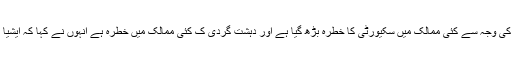
بدھ کے روز اسلام آباد میں ایک سیمینار سے خطاب کرتے ہوئے سرتاج عزیز نے کہا کہ داعش کی وجہ سے کئی ممالک میں سکیورٹی کا خطرہ بڑھ گیا ہے اور دہشت گردی ک کئی ممالک میں خطرہ ہے انہوں نے کہا کہ ایشیا علاقائی تبدیلی سے گزر رہا ہے اہداف کے حصول سے پیچھے رہنے سے خطرات بڑھ گئے ہیں۔